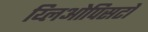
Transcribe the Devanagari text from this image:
य्लिओपिसटो